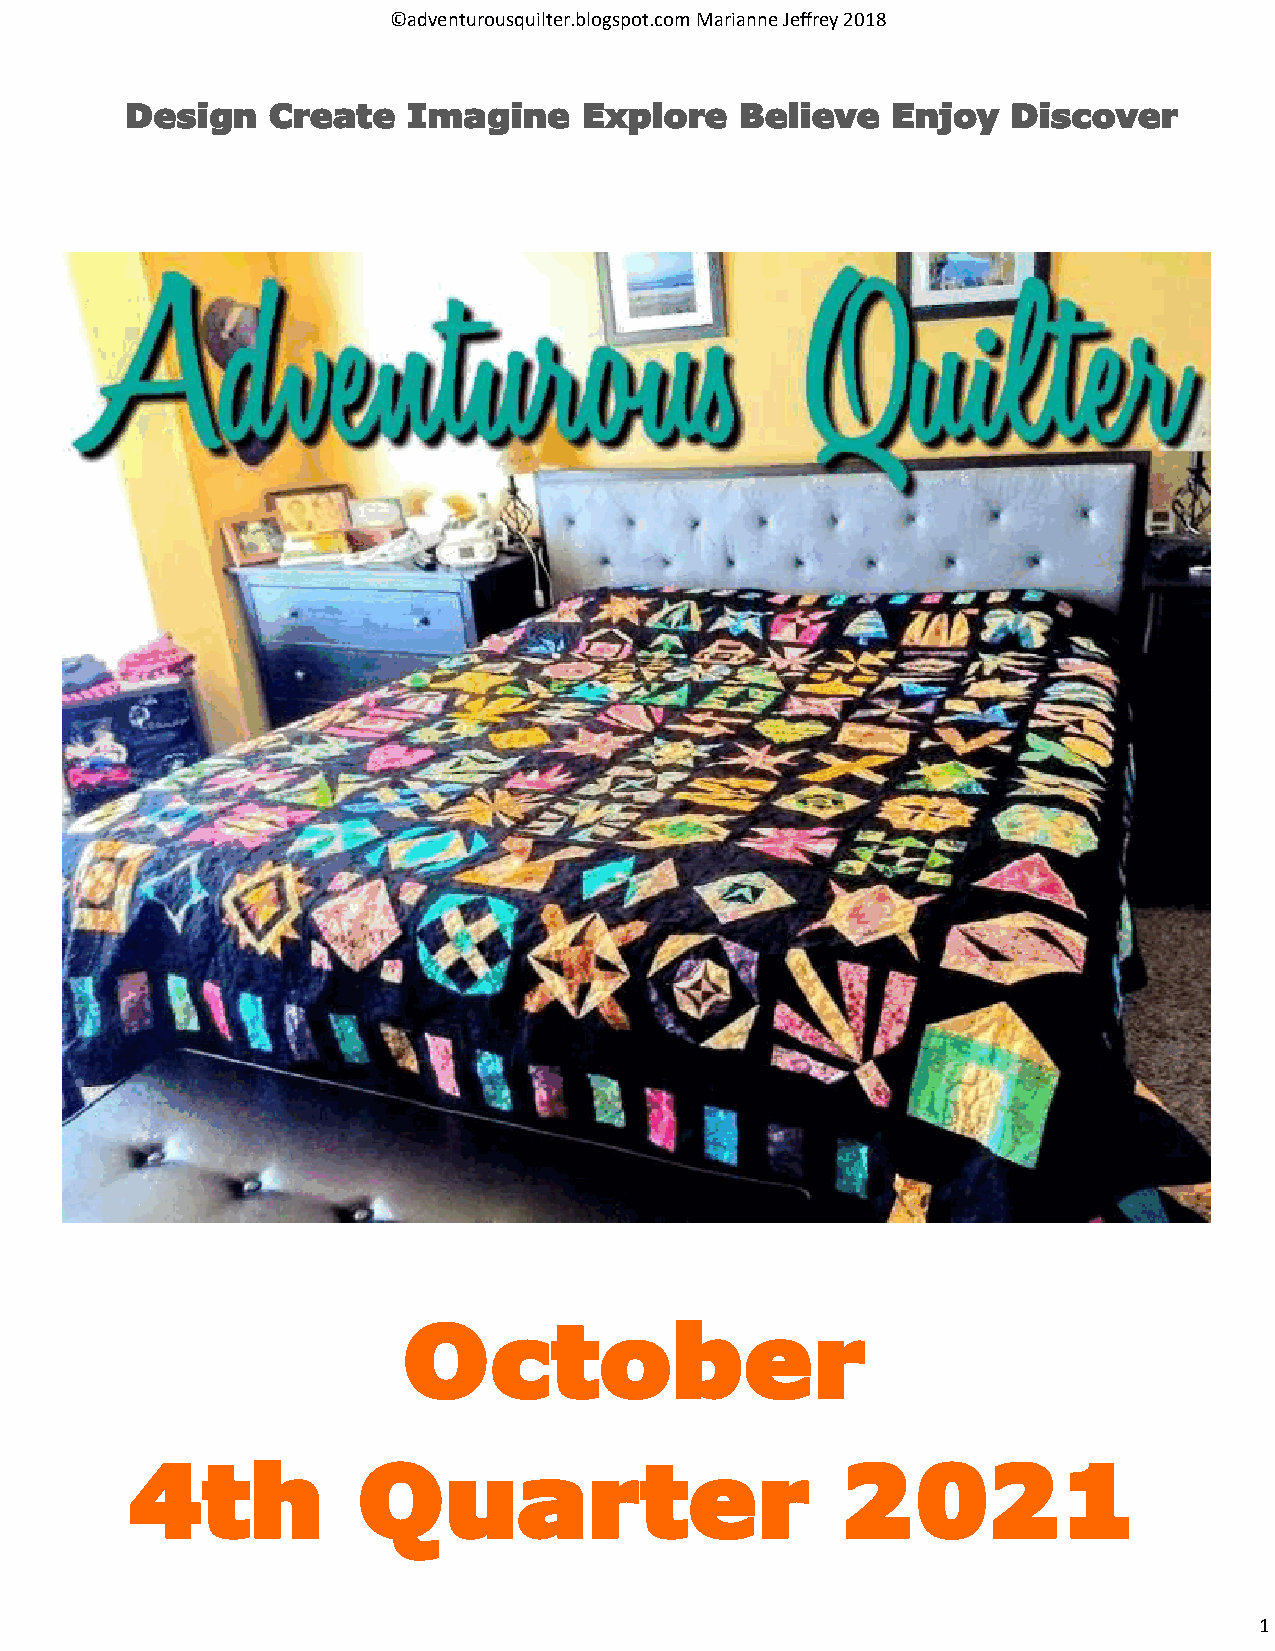
©adventurousquilter.blogspot.com Marianne Jeffrey 2018
 Design    Create   Imagine    Explore    Believe   Enjoy   Discover
 October
 4th            Quarter                         2021
 1